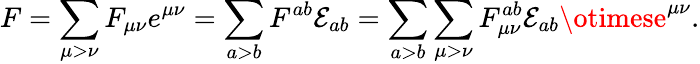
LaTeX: F=\sum_{\mu>\nu}F_{\mu\nu}e^{\mu\nu}=\sum_{a>b}F^{ab}\mathcal{E}_{ab}=\sum_{a>b}\sum_{\mu>\nu}F_{\mu\nu}^{ab}\mathcal{E}_{ab}\otimese^{\mu\nu}.